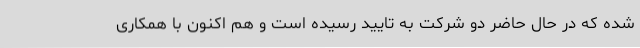
شده که در حال حاضر دو شرکت به تایید رسیده است و هم اکنون با همکاری